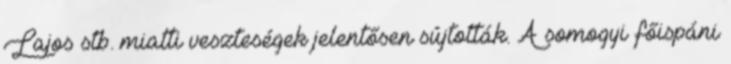
Lajos stb. miatti veszteségek jelentősen sújtották. A somogyi főispáni